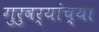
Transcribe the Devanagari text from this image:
गुरुवर्यांच्या